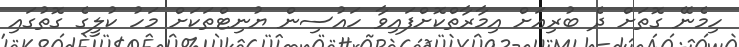
ހިމެނޭ ގޮތަށް ދެ ބުރިއަށް އިމާރާތްކޮށްފައިވާ ހައުސިން ޔުނިޓްތަކަށް މަހު ކުލީގެ ގޮތުގައި